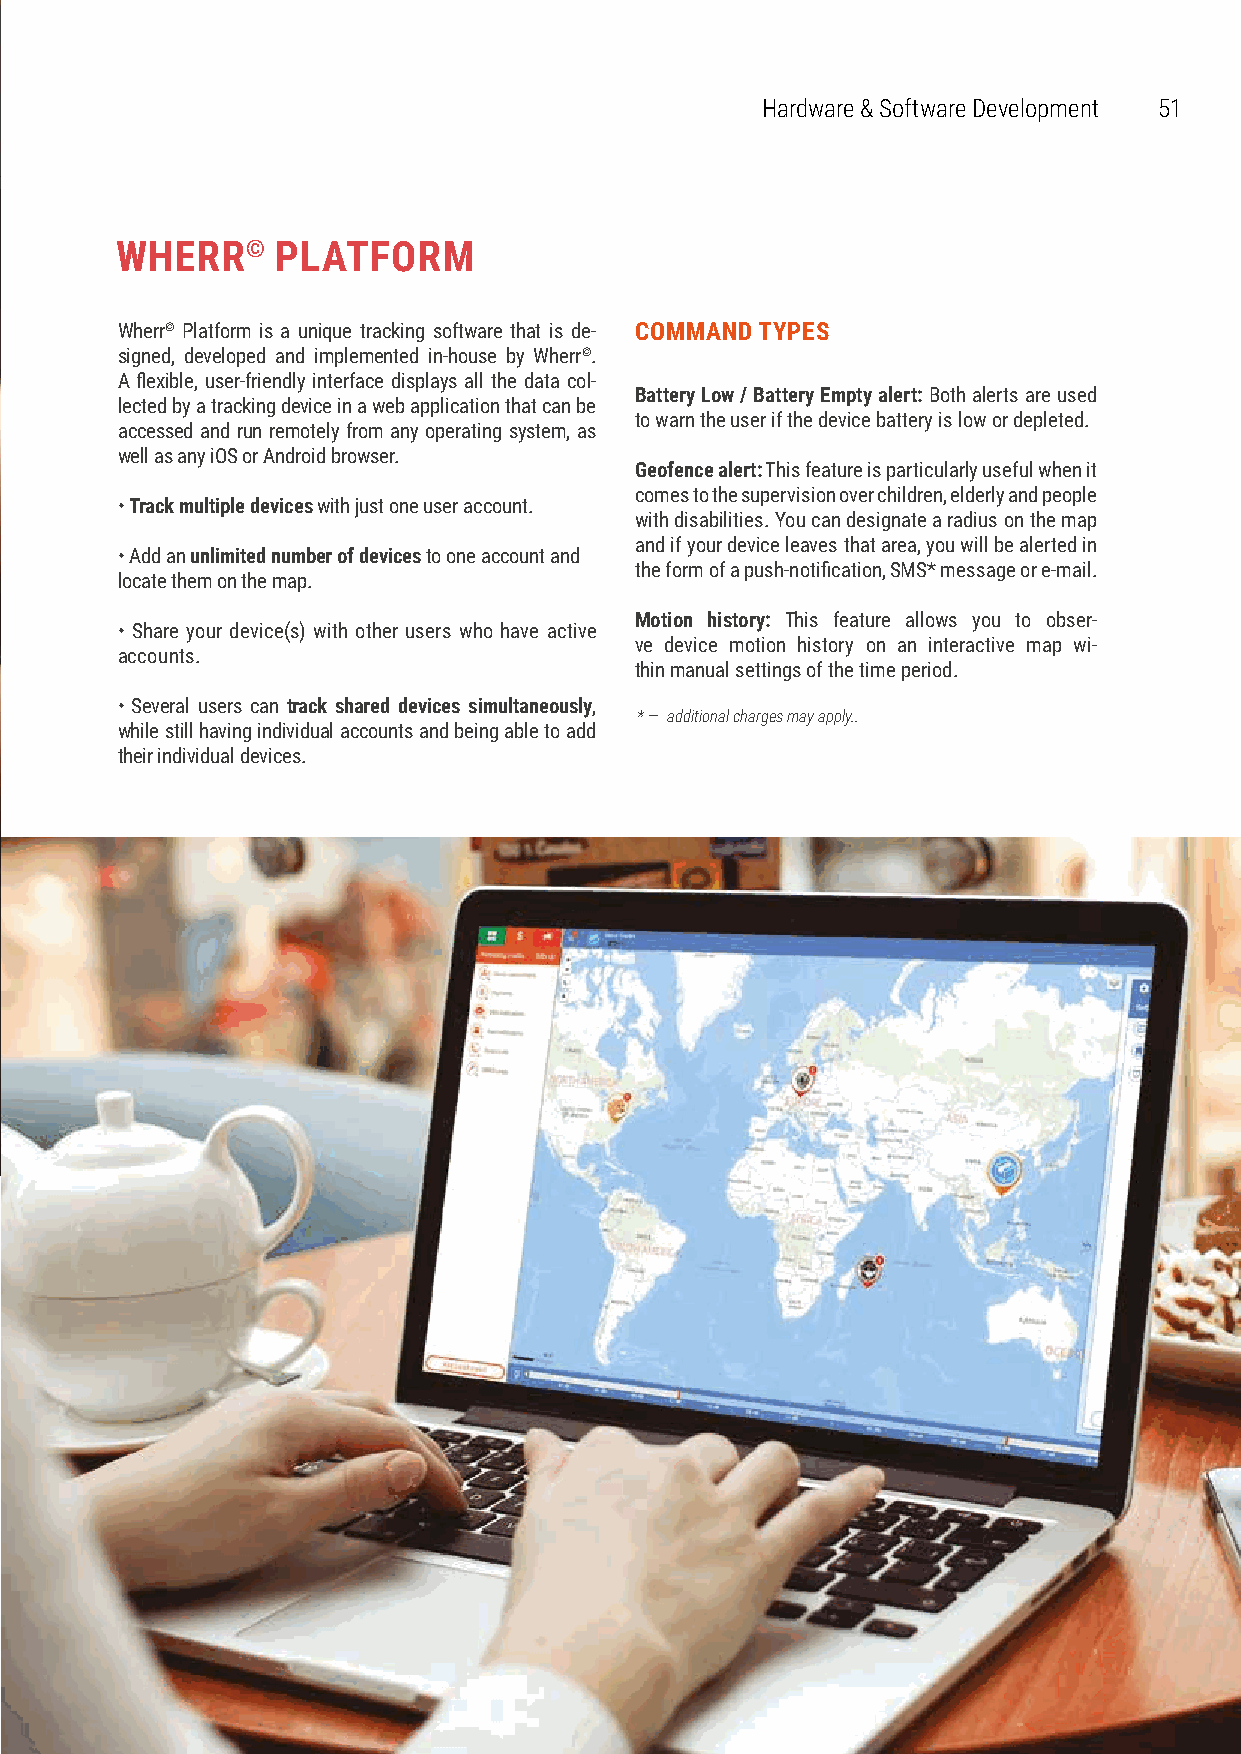
Hardware & Software Development 51
 WHERR©    PLATFORM
 Wherr© Platform is a unique tracking software that is de- COMMAND TYPES
 signed, developed and implemented in-house by Wherr©.
 A flexible, user-friendly interface displays all the data col-
 Battery Low / Battery Empty alert: Both alerts are used
 lected by a tracking device in a web application that can be
 to warn the user if the device battery is low or depleted.
 accessed and run remotely from any operating system, as
 well as any iOS or Android browser.
 Geofence alert: This feature is particularly useful when it
 comes to the supervision over children, elderly and people
 • Track multiple devices with just one user account.
 with disabilities. You can designate a radius on the map
 and if your device leaves that area, you will be alerted in
 • Add an unlimited number of devices to one account and
 the form of a push-notification, SMS* message or e-mail.
 locate them on the map.
 Motion history: This feature allows you to obser-
 • Share your device(s) with other users who have active
 ve device motion history on an interactive map wi-
 accounts.
 thin manual settings of the time period.
 • Several users can track shared devices simultaneously,
 * — additional charges may apply..
 while still having individual accounts and being able to add
 their individual devices.
 www.iptp.com